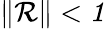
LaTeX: \| \cal R\| <1